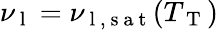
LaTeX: \nu_{\mathrm{~l~}}=\nu_{\mathrm{~l~,~s~a~t~}}(T_{\mathrm{~T~}})